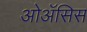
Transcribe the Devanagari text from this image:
ओॲसिस